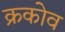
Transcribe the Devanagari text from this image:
क्रकोव